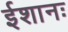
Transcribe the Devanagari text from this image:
ईशानः